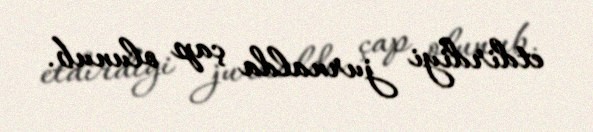
etdirdiyi jurnalda çap olunub.